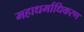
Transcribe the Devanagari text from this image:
महाधर्माधिकरण